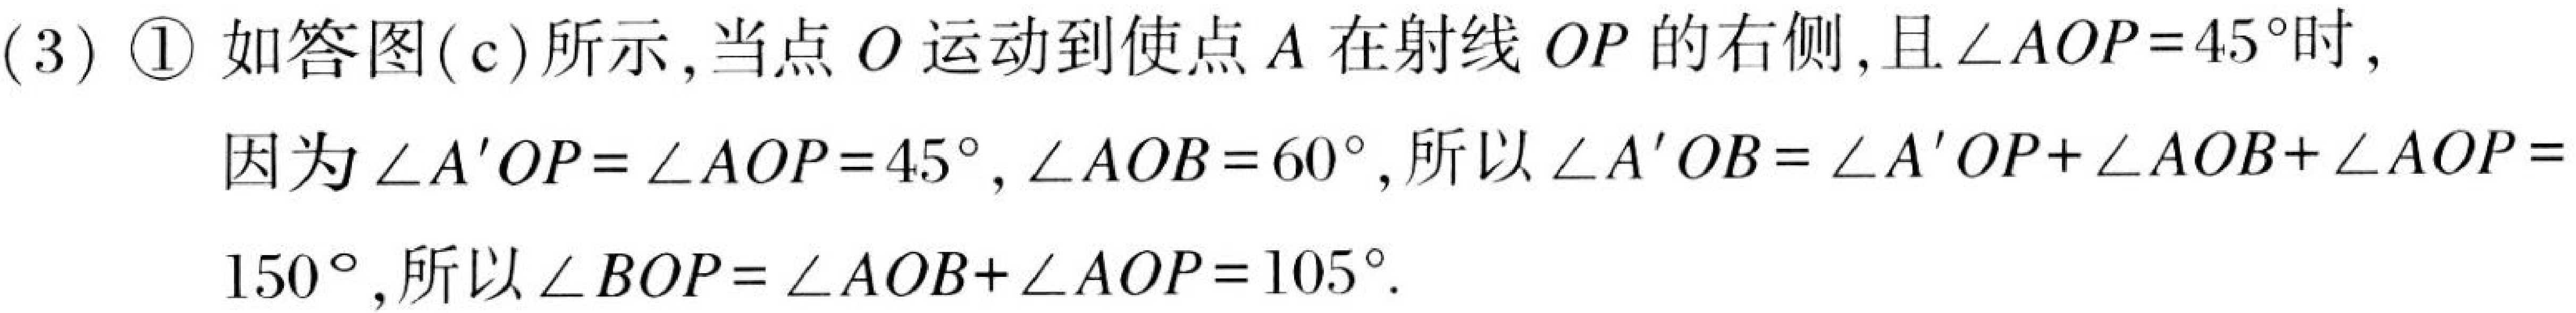
(3) \textcircled{1} 如答图(c)所示,当点$O$运动到使点$A$在射线$OP$的右侧,且$\angle AOP = 45^{\circ}$时,
因为$\angle A'OP=\angle AOP = 45^{\circ},\angle AOB = 60^{\circ}$,所以$\angle A'OB=\angle A'OP+\angle AOB+\angle AOP = 150^{\circ}$,所以$\angle BOP=\angle AOB+\angle AOP = 105^{\circ}$.